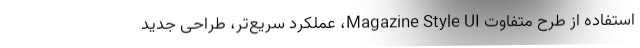
استفاده از طرح متفاوت Magazine Style UI، عملکرد سریع‌تر، طراحی جدید